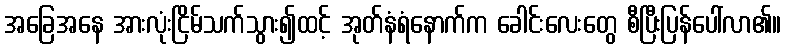
အခြေအနေ အားလုံးငြိမ်သက်သွား၍ထင့် အုတ်နံရံနောက်က ခေါင်းလေးတွေ စီပြီးပြန်ပေါ်လာ၏။